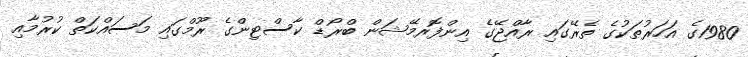
1980ގެ އަހަރުތަކުގެ ތެރޭގައި ރާއްޖޭގެ އިންފޮރމޭޝަން ބްރޯޑް ކާސްޓިންގެ ރޫމްގައި މަސައްކަތް ކުރުމާއި